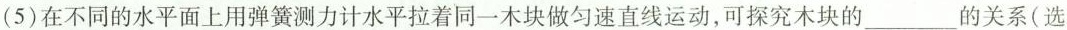
(5)在不同的水平面上用弹簧测力计水平拉着同一木块做匀速直线运动，可探究木块的___的关系(选